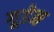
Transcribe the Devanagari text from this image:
गूडेन